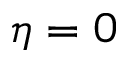
\eta = 0